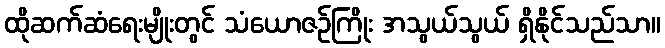
ထိုဆက်ဆံရေးမျိုးတွင် သံယောဇဉ်ကြိုး အသွယ်သွယ် ရှိနိုင်သည်သာ။